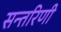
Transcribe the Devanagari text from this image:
सन्तरिणी